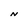
Character: N